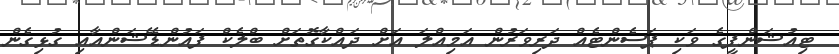
ޓިއުޝަންފީގެ ވަކި ޕަސެންޓެއް ދަރިވަރުން އަމިއްލަ އަށް ދައްކާގޮތަށް ބްލެކް ފައުންޑޭޝަންއާއި ގުޅިގެން